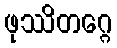
ဖုဿိတဂ္ဂေ